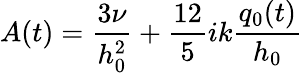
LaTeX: A(t)=\frac{3\nu}{h_{0}^{2}}+\frac{12}{5}ik\frac{q_{0}(t)}{h_{0}}